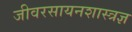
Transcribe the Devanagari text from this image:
जीवरसायनशास्त्रज्ञ